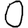
Digit: 0